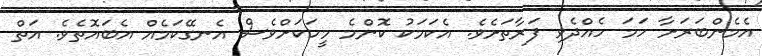
އެމެންބަރަށާ ހަމަ ހެއްދެވި ފަަރާތަށެވެ. އެކަމަކު ކޮންމެ މީހަކަށްވެސް އެނގޭކަމެއް އެބައޮތެވެ. އަތް